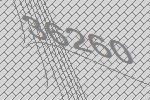
36260